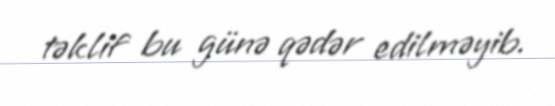
təklif bu günə qədər edilməyib.